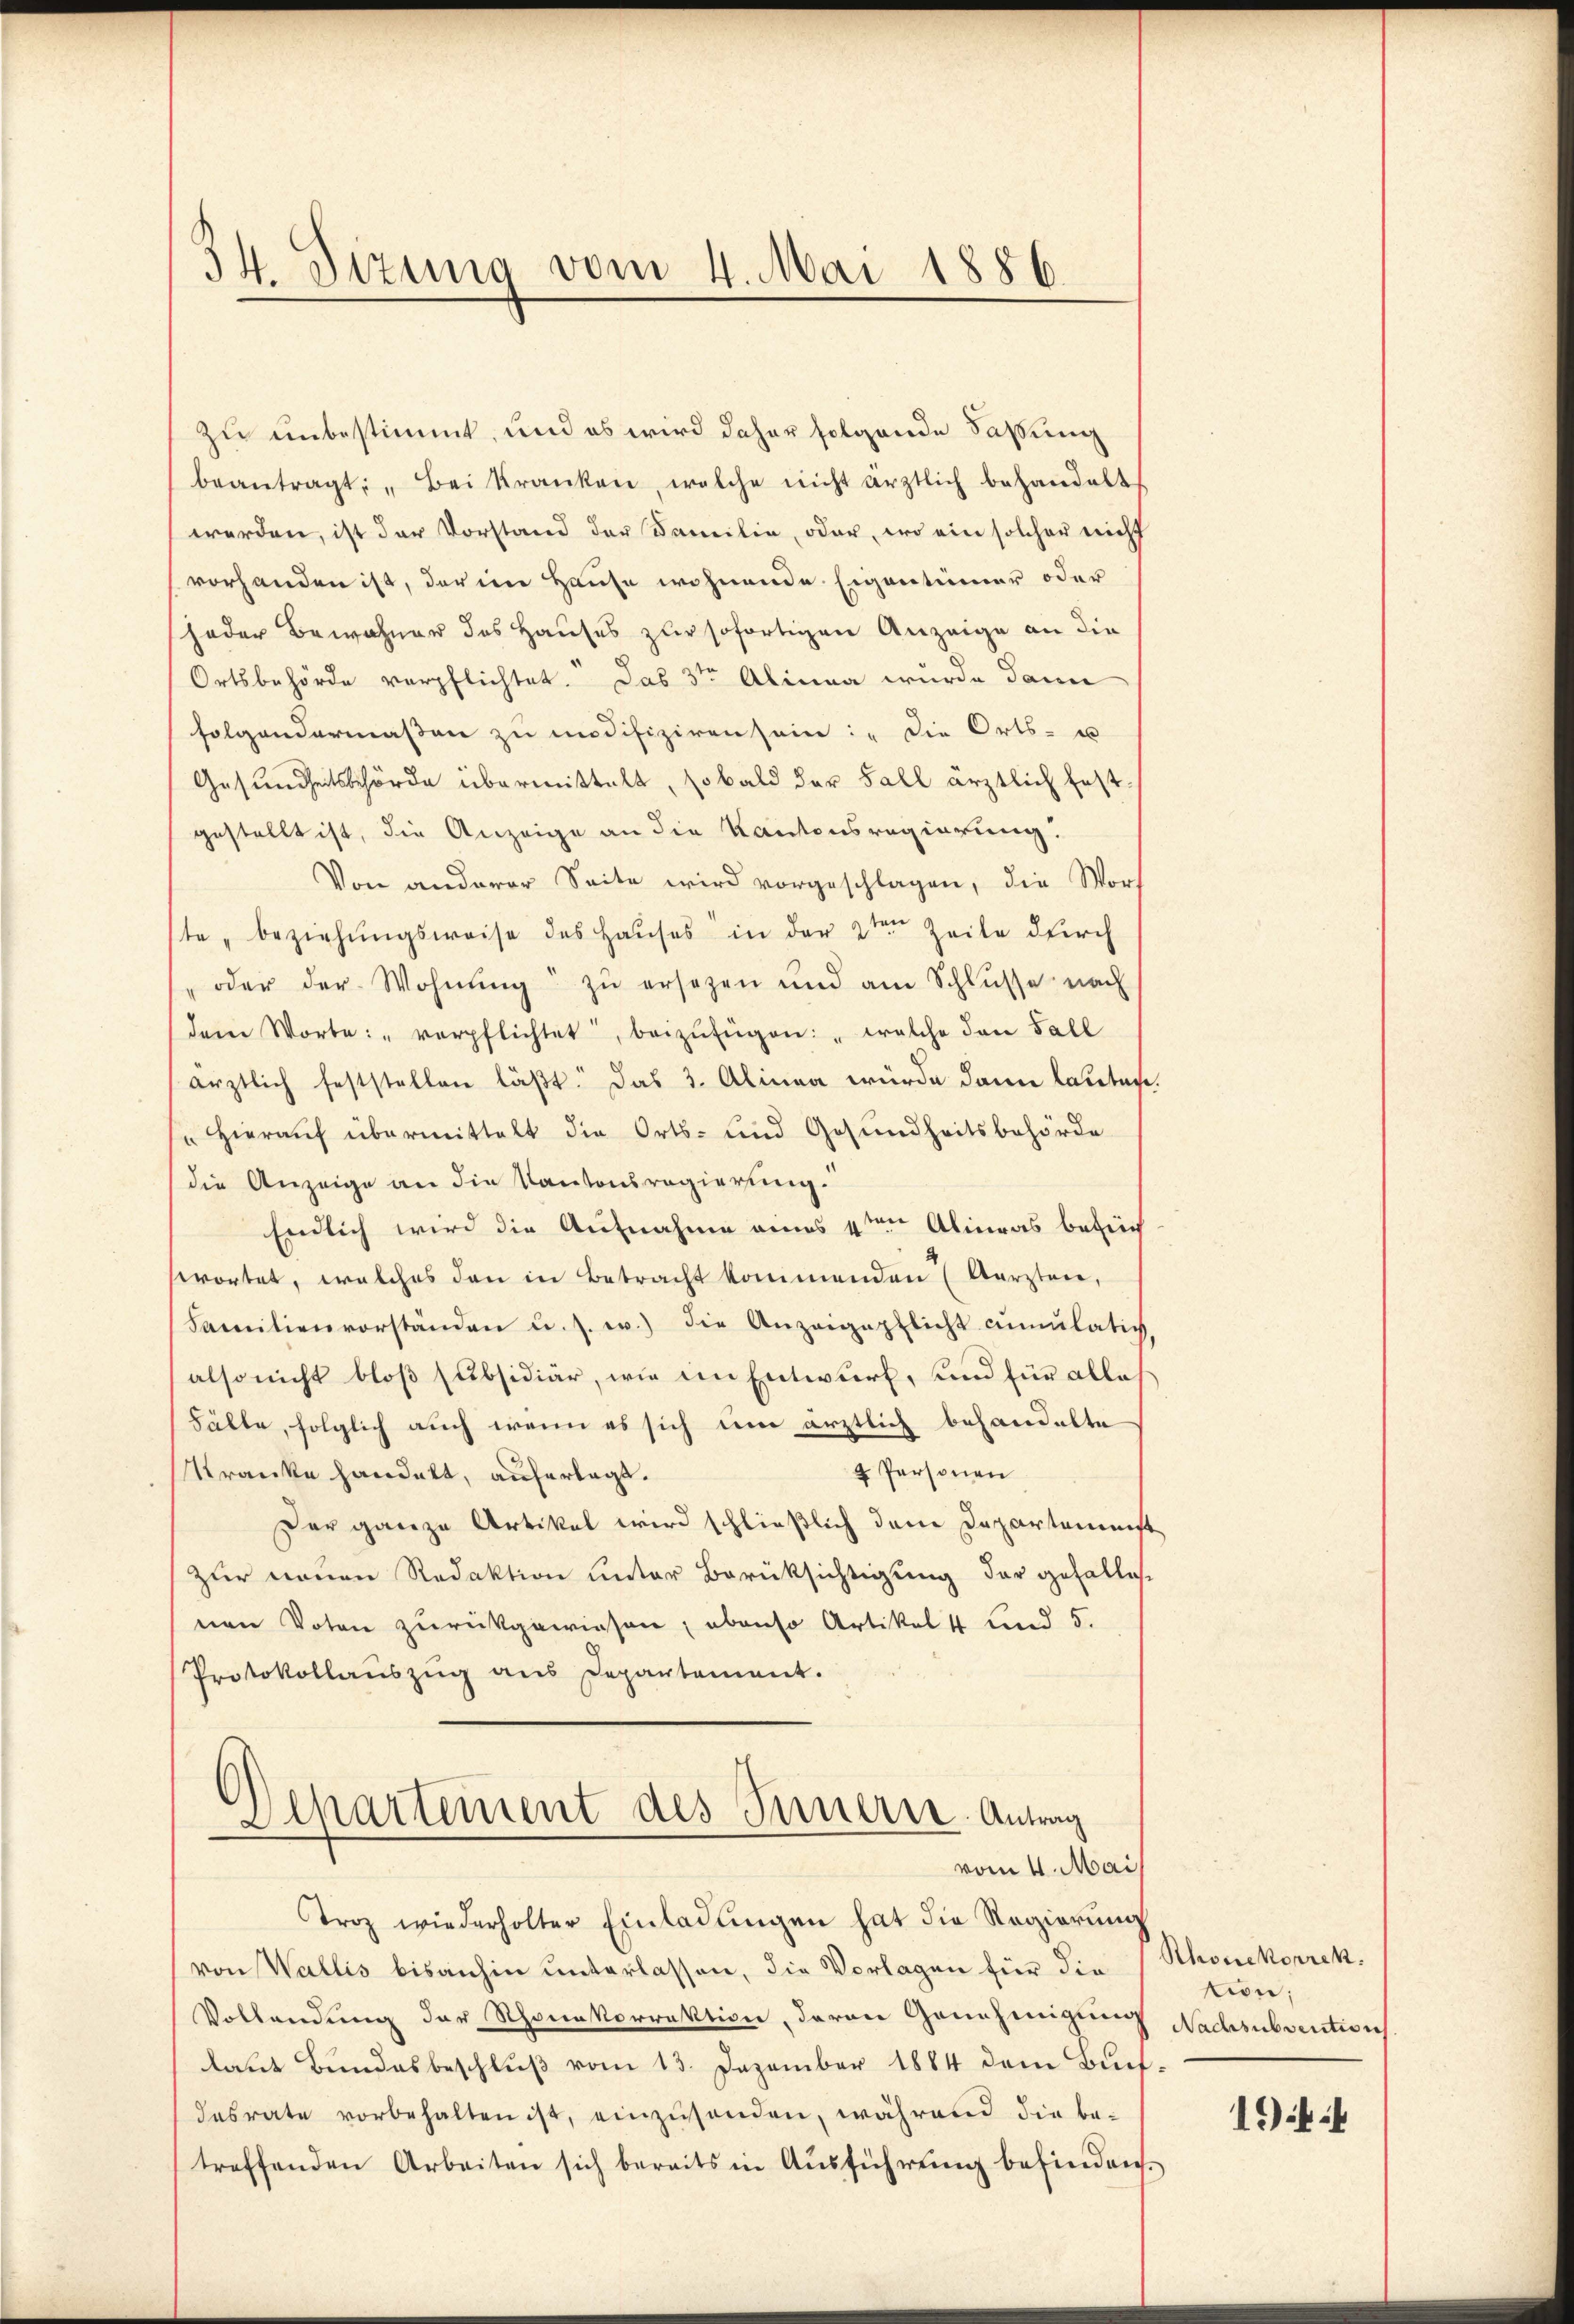
34. Sizung vom 4. Mai 1886.

zu unbestimmt, und es wird daher folgende Faßung
beantragt: „Bei Kranken, welche nicht ärztlich behandelt
werden, ist der Vorstand der Familie, oder, wo ein solcher nicht
vorhanden ist, der im Hause wohnende Eigentümer oder
jeder Bewohner des Hauses zur sofortigen Anzeige an die
Ortsbehörde verpflichtet. Das 3te͇n Alinna wurde dann
folgendermaßen zu modifiziren sein: „Die Orts- u
Gesundheitsbehörde übermittelt, sobald der Fall ärztlich fest
gestellt ist, die Anzeige an die Kantonsregierung.
Von anderer Seite wird vorgeschlagen, die Wort
te „beziehungsweise des Hauses in der 2ten Zeite durch
oder der Wohnŭng zŭ ersetzen und am Schlŭsse nach
dem Worte: "verpflichtet, beizufügen: „welche den Fall
ärztlich feststellen läßt. Das 3. Alinea würde dann lauten
" Hierauf übermittelt die Orts- und Gesundheitsbehörde
die Anzeige an die Kantonsregierung.
Endlich wird die Aufnahme eines 4ten Alinas befin
swortet, welches den in Betracht kommenden Aerzten,
Familienvorständen u. s. w.) die Anzeigepflicht annulativ
also nicht bloß subsidiär, wie im Entwurf, und für alle
Fälle, folglich auch wenn es sich dem ärztlich behandelte
4 Personen
Kranke handelt, auferlegt.
Der ganze Artikel wird schließlich dem Departemenst
zur neuen Redaktion unter Berüksichtigung der gefälle.
nen Voten zurückgewiesen; ebenso Artikel 4 und 5.
Protokollauszug aus Departement.
)
Separtement des Innerer Antrag
vom 4. Mai
Troz wiederholter Einladungen hat die Regierung
von Wallis bisanhin unterlassen, die Vorlagen für die
Vollendung der Rhonekorrektion, davon Genehmigung
laut Bundesbeschlŭβ vom 13. Dezember 1884 dem Buch-
desrate vorbehalten ist, einzusenden, während die be-
treffenden Arbeiten sich bereits in Ausführung befinden.

Rhonekorrek
tion;
Nachsubvention
1